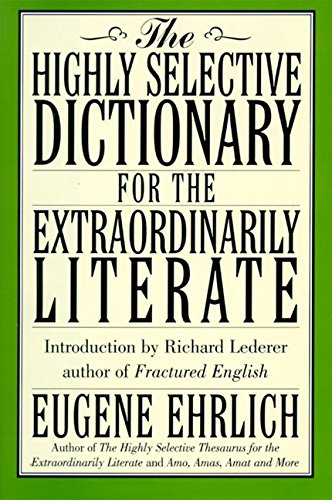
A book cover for The Highly Selective Dictionary for the Extraordinarily Literate; Eugene Ehrlich; Reference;